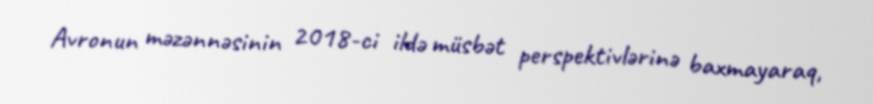
Avronun məzənnəsinin 2018-ci ildə müsbət perspektivlərinə baxmayaraq,